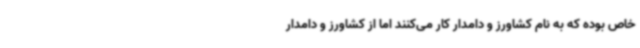
خاص بوده که به نام کشاورز و دامدار کار می‌کنند اما از کشاورز و دامدار